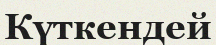
Күткендей